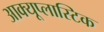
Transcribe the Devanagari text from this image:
आक्यूप्लास्टिक